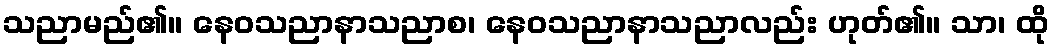
သညာမည်၏။ နေဝသညာနာသညာစ၊ နေဝသညာနာသညာလည်း ဟုတ်၏။ သာ၊ ထို